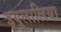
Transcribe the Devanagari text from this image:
इयुलालिया